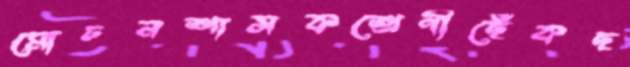
মোচনশাসকশ্রেণীছেঁকছ